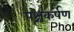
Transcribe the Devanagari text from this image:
पश्चकर्षण